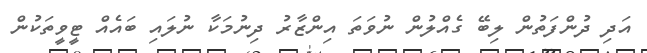
އަދި ދުންފަތުން ލިބޭ ގެއްލުން ނުވަތަ އިންޒާރު ދިނުމަކާ ނުލައި ބައެއް ޓީވީތަކުން